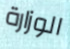
الوزارة